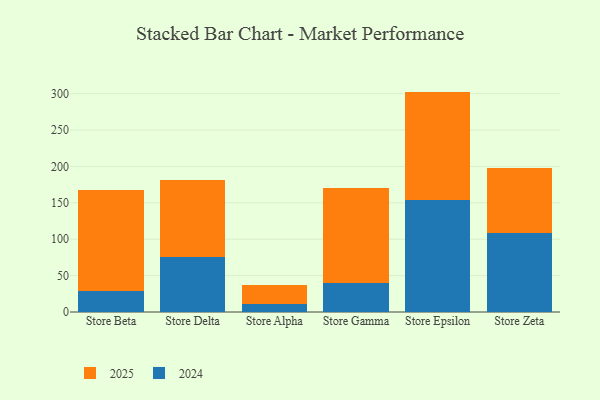
{"axis": {"x": "Store", "y": "Active Users"}, "legend": ["2024", "2025"], "data": [{"x": "Store Beta", "y": 28.9, "type": "2024"}, {"x": "Store Beta", "y": 139.4, "type": "2025"}, {"x": "Store Delta", "y": 75.8, "type": "2024"}, {"x": "Store Delta", "y": 105.8, "type": "2025"}, {"x": "Store Alpha", "y": 11.2, "type": "2024"}, {"x": "Store Alpha", "y": 25.7, "type": "2025"}, {"x": "Store Gamma", "y": 40.4, "type": "2024"}, {"x": "Store Gamma", "y": 130.3, "type": "2025"}, {"x": "Store Epsilon", "y": 153.7, "type": "2024"}, {"x": "Store Epsilon", "y": 149.1, "type": "2025"}, {"x": "Store Zeta", "y": 108.5, "type": "2024"}, {"x": "Store Zeta", "y": 89.1, "type": "2025"}]}